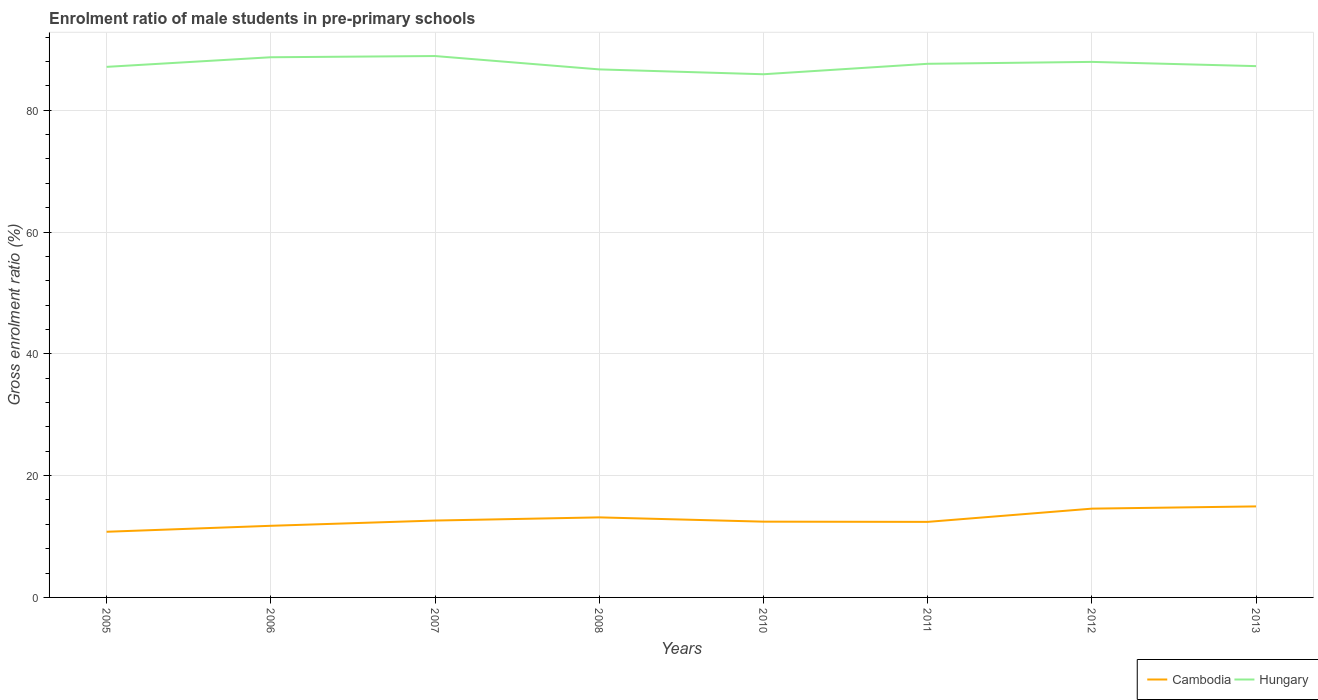
| Years | Cambodia | Hungary |
 | --- | --- | --- |
 | 2005 | 10.8 | 87.1 |
 | 2006 | 11.8 | 88.7 |
 | 2007 | 12.6 | 88.9 |
 | 2008 | 13.1 | 86.7 |
 | 2010 | 12.4 | 85.9 |
 | 2011 | 12.4 | 87.6 |
 | 2012 | 14.6 | 87.9 |
 | 2013 | 14.9 | 87.2 |